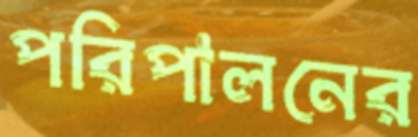
পরিপালনের